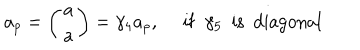
a _ { p } = \left( \begin{array} { c } { { a } } \\ { { a } } \\ \end{array} \right) = \gamma _ { 4 } a _ { p } , ~ ~ \mathrm { i f } ~ ~ \gamma _ { 5 } ~ ~ \mathrm { i s ~ ~ d i a g o n a l } \nonumber